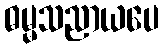
ဓမ္မသညာယပေ